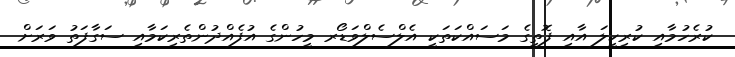
ކުރެހުމާއި ކުރިކީލަ އާއި ފޮތީގެ މަސައްކަތަކީ އެލްސެލްވަޑޯރ މީހުންގެ އުފެއްދުންތެރިކަމާއި ސަގާފަތު ވަރަށް